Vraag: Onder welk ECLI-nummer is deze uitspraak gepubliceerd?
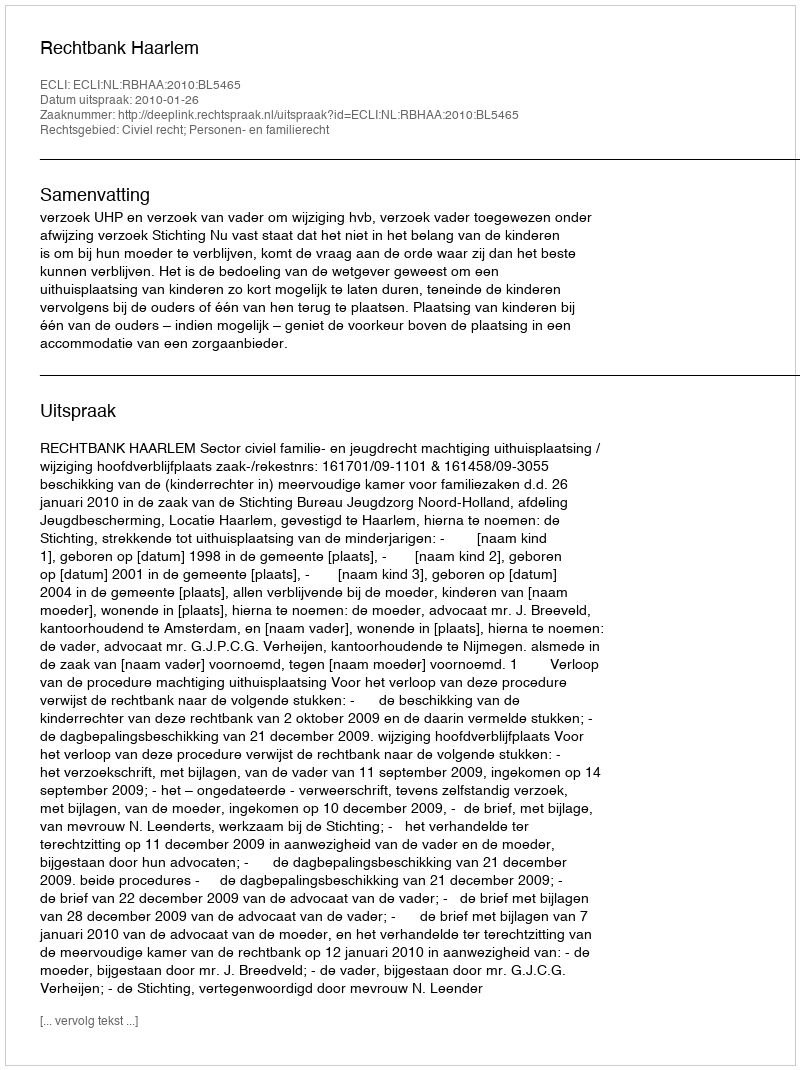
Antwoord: ECLI:NL:RBHAA:2010:BL5465